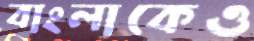
বাংলাকেও